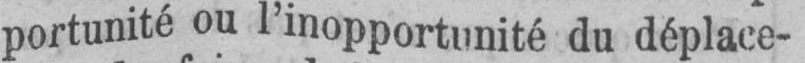
portunité ou l’inopportunité du déplace-